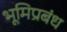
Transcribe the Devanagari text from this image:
भूमिप्रबंध